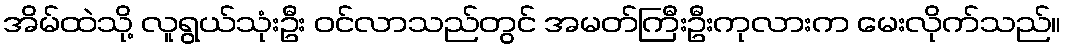
အိမ်ထဲသို့ လူရွယ်သုံးဦး ဝင်လာသည်တွင် အမတ်ကြီးဦးကုလားက မေးလိုက်သည်။